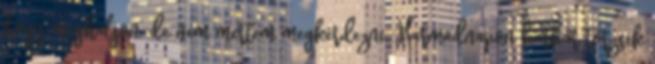
hogy meghaljon, de nem mertem megkérdezni. Harmadnapon barbár törzsek